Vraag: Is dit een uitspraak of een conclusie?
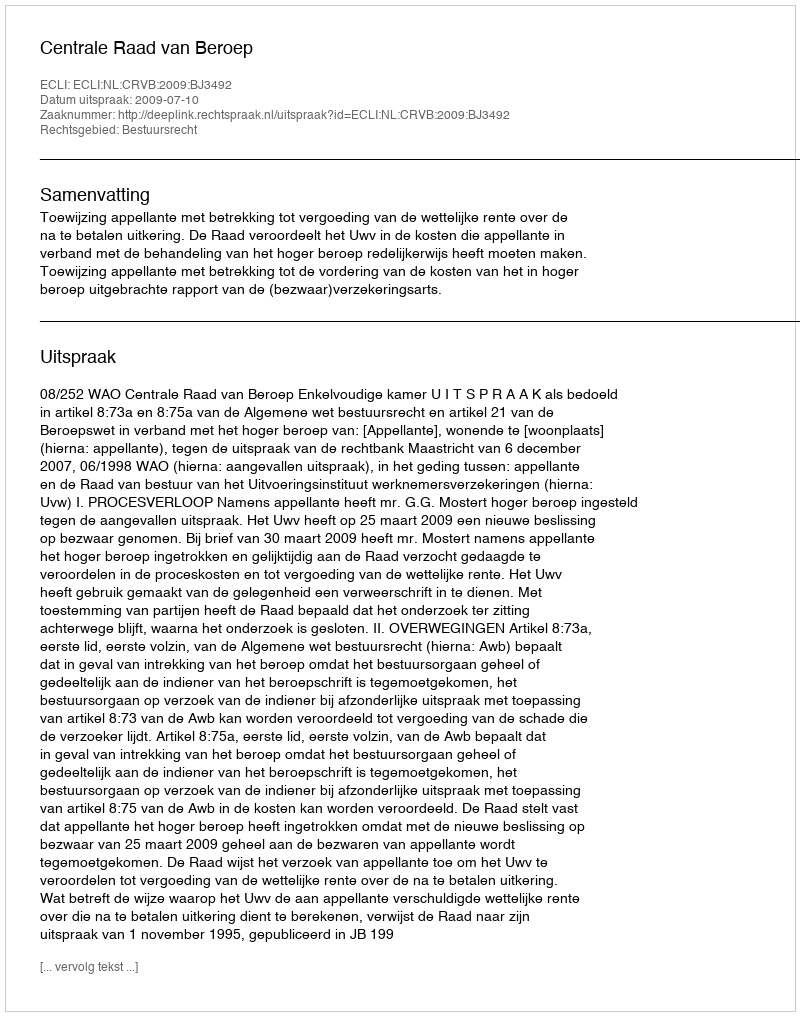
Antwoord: Uitspraak